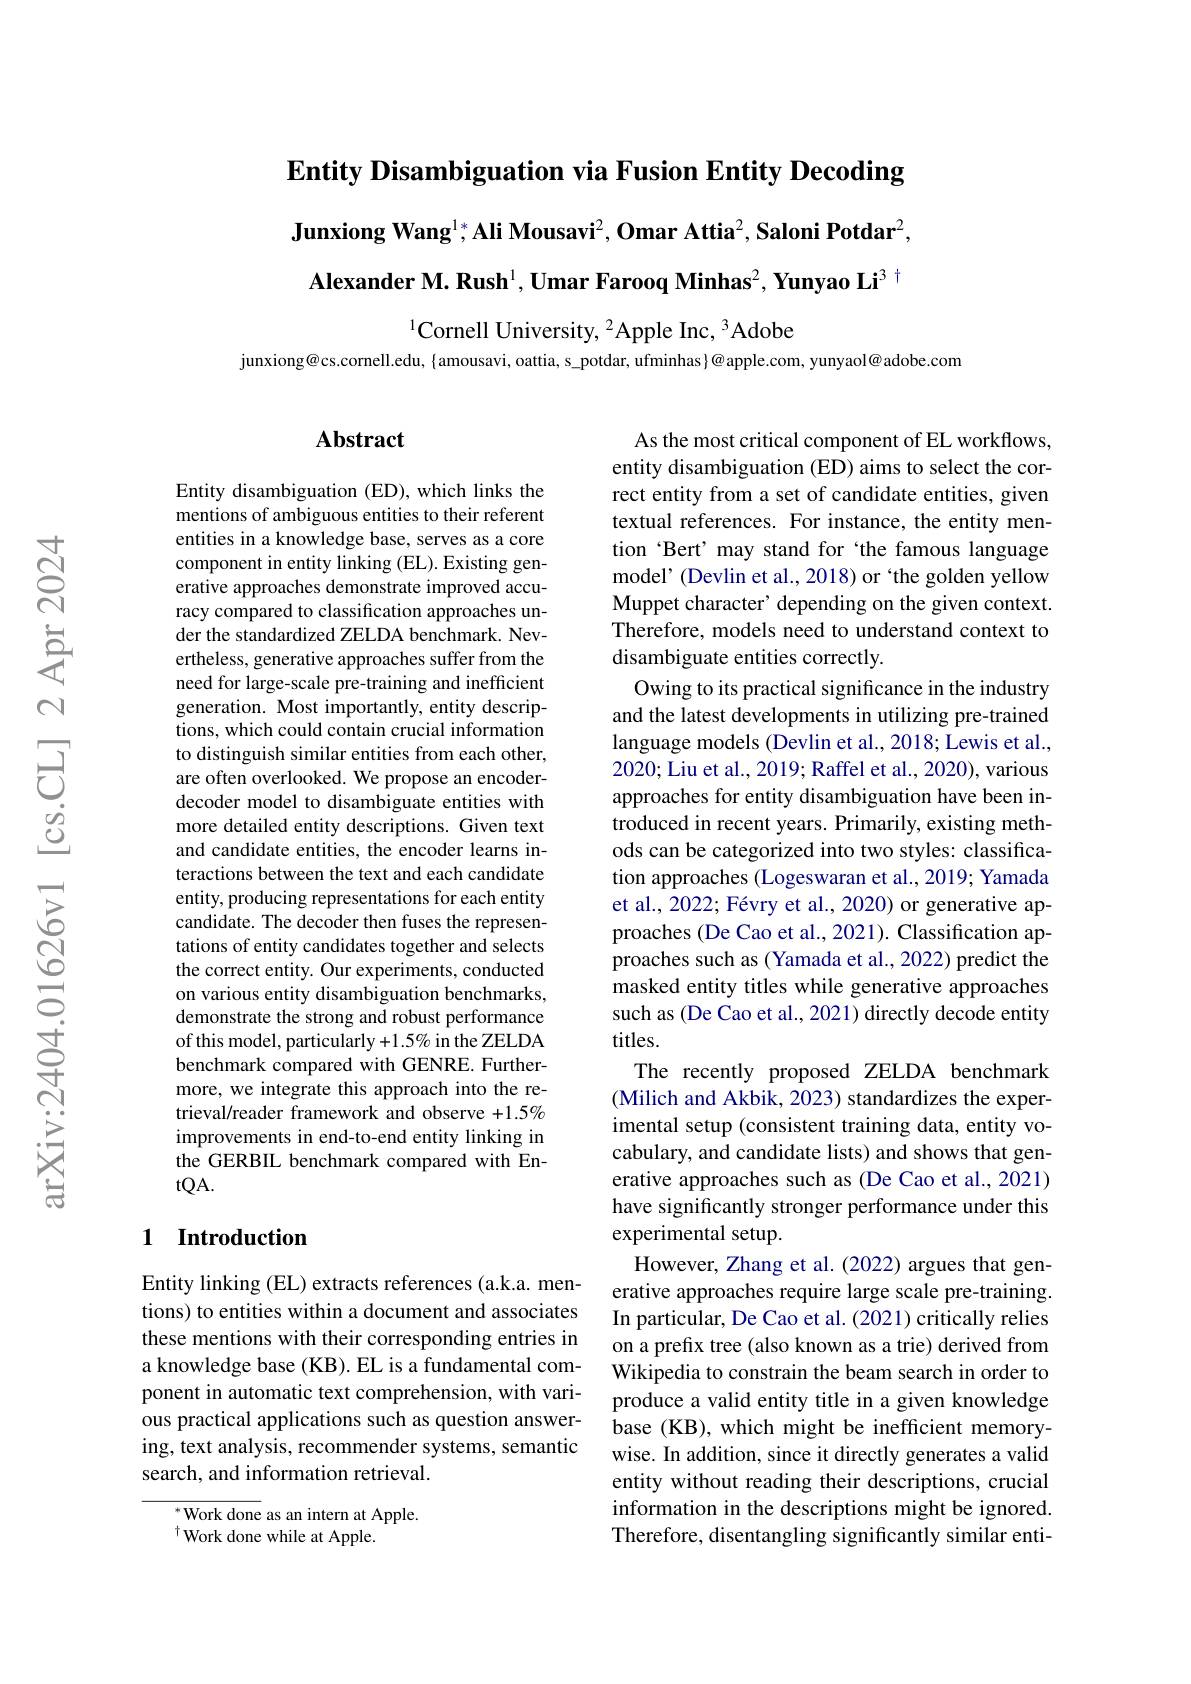
Entity Disambiguation via Fusion Entity Decoding

Junxiong Wang$^{1*}$,Ali Mousavi$^2,\textbf{Omar Attia}^2,\textbf{Saloni Potdar}^2$, Alexander M. Rush$^1,\textbf{Umar Farooq Minhas}^2,\textbf{Yunyao Li}^3$

$^{1}$Cornell University, $^2$Apple Inc, 3Adobe

junxiong@cs.cornell.edu, $\{$amousavi, oattia, s\_potdar, ufminhas$\}@$apple.com, yunyaol@adobe.com

## $\mathbf{Abstract}$

Entity disambiguation (ED), which links the mentions of ambiguous entities to their referent entities in a knowledge base, serves as a core component in entity linking (EL). Existing generative approaches demonstrate improved accuracy compared to classification approaches under the standardized ZELDA benchmark. Nevertheless, generative approaches suffer from the need for large-scale pre-training and inefficient generation. Most importantly, entity descriptions, which could contain crucial information to distinguish similar entities from each other, are often overlooked. We propose an encoderdecoder model to disambiguate entities with more detailed entity descriptions. Given text and candidate entities, the encoder learns interactions between the text and each candidate entity, producing representations for each entity candidate. The decoder then fuses the representations of entity candidates together and selects the correct entity. Our experiments, conducted on various entity disambiguation benchmarks, demonstrate the strong and robust performance of this model, particularly+1.5% in the ZELDA benchmark compared with GENRE. Furthermore, we integrate this approach into the retrieval/reader framework and observe $+1.5\%$ improvements in end-to-end entity linking in the GERBIL benchmark compared with En- $tQA.$

As the most critical component of EL workflows, entity disambiguation (ED) aims to select the correct entity from a set of candidate entities, given textual references. For instance, the entity mention ‘Bert’ may stand for‘the famous language model' (Devlin et al., 2018) or `the golden yellow Muppet character' depending on the given context. Therefore, models need to understand context to disambiguate entities correctly
Owing to its practical significance in the industry and the latest developments in utilizing pre-trained language models (Devlin et al., 2018; Lewis et al., 2020; Liu et al., 2019; Raffel et al., 2020), various approaches for entity disambiguation have been introduced in recent years. Primarily, existing methods can be categorized into two styles: classification approaches (Logeswaran et al.,2019; Yamada et al., 2022; Févry et al., 2020) or generative approaches (De Cao et al., 2021). Classification approaches such as (Yamada et al., 2022) predict the masked entity titles while generative approaches such as (De Cao et al., 2021) directly decode entity titles.
The recently proposed ZELDA benchmark (Milich and Akbik, 2023) standardizes the experimental setup (consistent training data, entity vocabulary, and candidate lists) and shows that generative approaches such as (De Cao et al., 2021) have significantly stronger performance under this experimental setup.
However, Zhang et al. (2022) argues that generative approaches require large scale pre-training. In particular, De Cao et al. (2021) critically relies on a prefix tree (also known as a trie) derived from Wikipedia to constrain the beam search in order to produce a valid entity title in a given knowledge base (KB), which might be inefficient memorywise. In addition, since it directly generates a valid entity without reading their descriptions, crucial information in the descriptions might be ignored. Therefore, disentangling significantly similar enti-

## 1 Introduction

Entity linking (EL) extracts references (a.k.a. mentions) to entities within a document and associates these mentions with their corresponding entries in a knowledge base (KB). EL is a fundamental component in automatic text comprehension, with various practical applications such as question answering, text analysis, recommender systems, semantic search, and information retrieval.

$^*$Work done as an intern at Apple.
$^{\dagger}$Work done while at Apple.